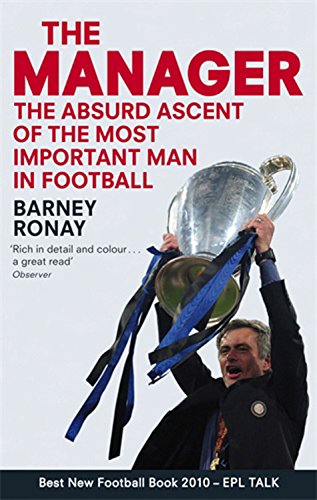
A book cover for The Manager: The Absurd Ascent of the Most Important Man in Football; Barney Ronay; Sports & Outdoors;